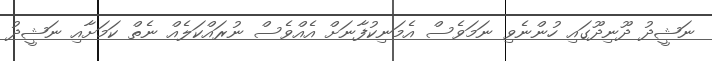
ނަޝީދު ދޫނިދޫގައި ހުންނެވި ނަމަވެސް އެމަނިކުފާނަށް އެއްވެސް ނުރައްކަލެއް ނެތް ކަމަށާއި ނަޝީދު